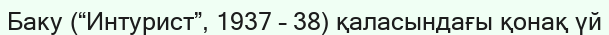
Баку (“Интурист”, 1937 – 38) қаласындағы қонақ үй